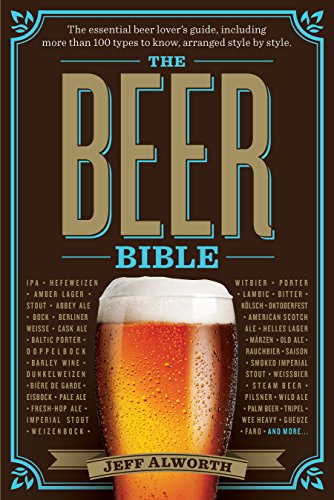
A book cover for The Beer Bible; Jeff Alworth; Cookbooks, Food & Wine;